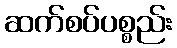
ဆက်စပ်ပစ္စည်း